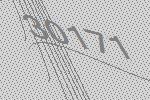
30171